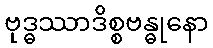
ဗုဒ္ဓဿာဒိစ္စဗန္ဓုနော